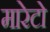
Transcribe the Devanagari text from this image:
मारेटो